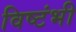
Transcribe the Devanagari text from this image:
विष्टंभी